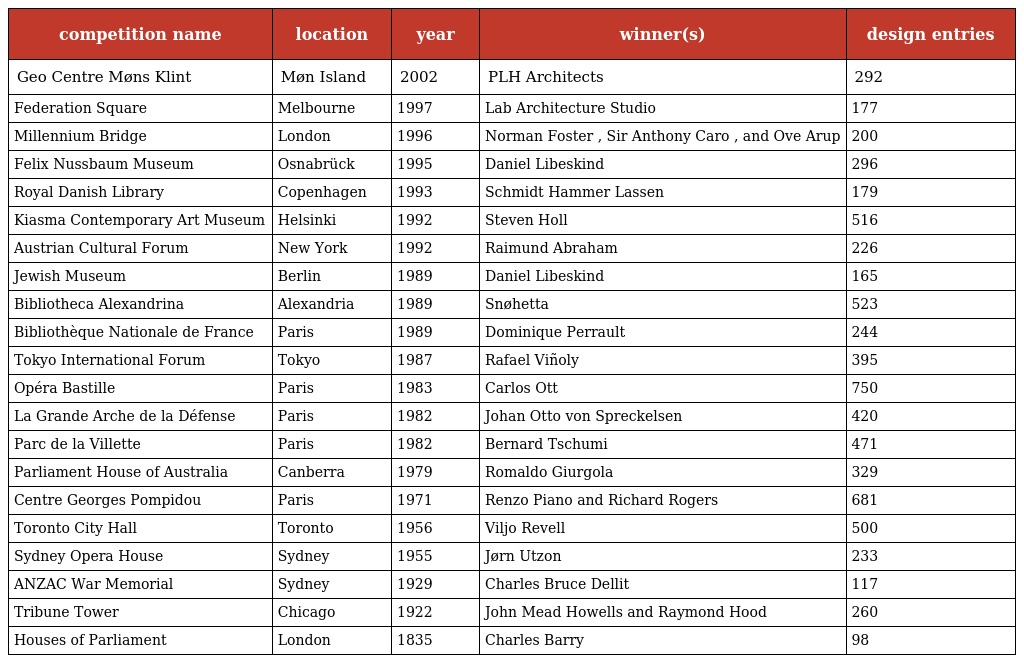
| competition name | location | year | winner(s) | design entries |
 | --- | --- | --- | --- | --- |
 | Geo Centre Møns Klint | Møn Island | 2002 | PLH Architects | 292 |
 | Federation Square | Melbourne | 1997 | Lab Architecture Studio | 177 |
 | Millennium Bridge | London | 1996 | Norman Foster , Sir Anthony Caro , and Ove Arup | 200 |
 | Felix Nussbaum Museum | Osnabrück | 1995 | Daniel Libeskind | 296 |
 | Royal Danish Library | Copenhagen | 1993 | Schmidt Hammer Lassen | 179 |
 | Kiasma Contemporary Art Museum | Helsinki | 1992 | Steven Holl | 516 |
 | Austrian Cultural Forum | New York | 1992 | Raimund Abraham | 226 |
 | Jewish Museum | Berlin | 1989 | Daniel Libeskind | 165 |
 | Bibliotheca Alexandrina | Alexandria | 1989 | Snøhetta | 523 |
 | Bibliothèque Nationale de France | Paris | 1989 | Dominique Perrault | 244 |
 | Tokyo International Forum | Tokyo | 1987 | Rafael Viñoly | 395 |
 | Opéra Bastille | Paris | 1983 | Carlos Ott | 750 |
 | La Grande Arche de la Défense | Paris | 1982 | Johan Otto von Spreckelsen | 420 |
 | Parc de la Villette | Paris | 1982 | Bernard Tschumi | 471 |
 | Parliament House of Australia | Canberra | 1979 | Romaldo Giurgola | 329 |
 | Centre Georges Pompidou | Paris | 1971 | Renzo Piano and Richard Rogers | 681 |
 | Toronto City Hall | Toronto | 1956 | Viljo Revell | 500 |
 | Sydney Opera House | Sydney | 1955 | Jørn Utzon | 233 |
 | ANZAC War Memorial | Sydney | 1929 | Charles Bruce Dellit | 117 |
 | Tribune Tower | Chicago | 1922 | John Mead Howells and Raymond Hood | 260 |
 | Houses of Parliament | London | 1835 | Charles Barry | 98 |